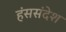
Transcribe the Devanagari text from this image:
हंससंदेश